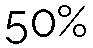
50%